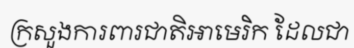
ក្រសួងការពារជាតិអាមេរិក ដែលជា